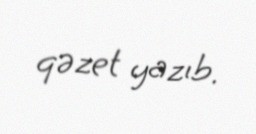
qəzet yazıb.